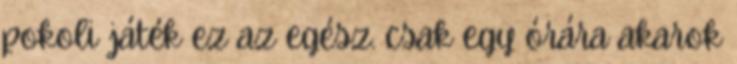
pokoli játék ez az egész. csak egy órára akarok